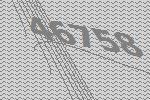
46758